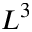
L ^ { 3 }